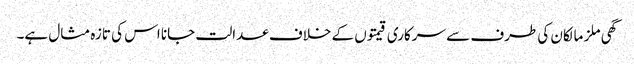
گھی ملز مالکان کی طرف سے سرکاری قیمتوں کے خلاف عدالت جانا اس کی تازہ مثال ہے۔